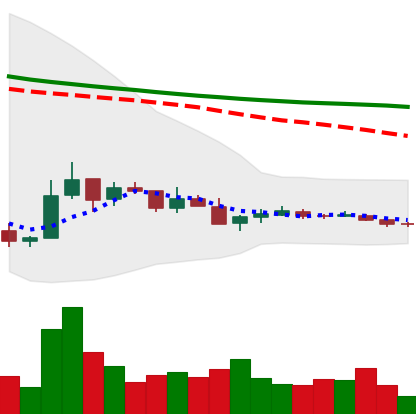
Ticker: TRX-USD
Chart end date: 2018-12-15
Forward return: 35.99%
Label: up_7plus